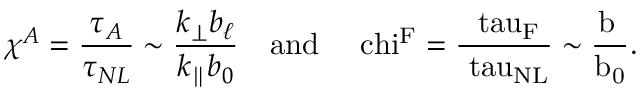
\chi ^ { A } = \frac { \tau _ { A } } { \tau _ { N L } } \sim \frac { k _ { \perp } b _ { \ell } } { k _ { \parallel } b _ { 0 } } \quad \mathrm { { a n d } \quad \ c h i ^ { F } = \frac { \ t a u _ { F } } { \ t a u _ { N L } } \sim \frac { b _ { \ell } } { b _ { 0 } } . }